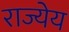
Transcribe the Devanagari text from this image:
राज्येय